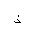
Letter: _thal